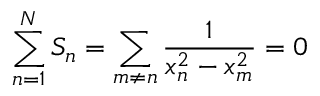
\sum _ { n = 1 } ^ { N } S _ { n } = \sum _ { m \ne n } \frac { 1 } { x _ { n } ^ { 2 } - x _ { m } ^ { 2 } } = 0